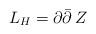
\begin{align*}L_H = \partial \bar{\partial} \, Z\end{align*}